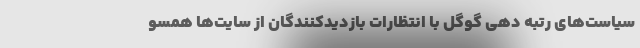
سیاست‌های رتبه دهی گوگل با انتظارات بازدیدکنندگان از سایت‌ها همسو